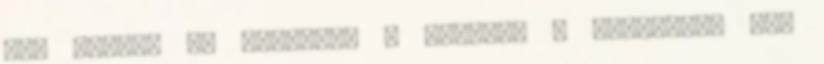
már minket is elkapott a fociláz – állapítja meg